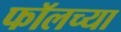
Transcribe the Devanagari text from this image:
फॉलच्या